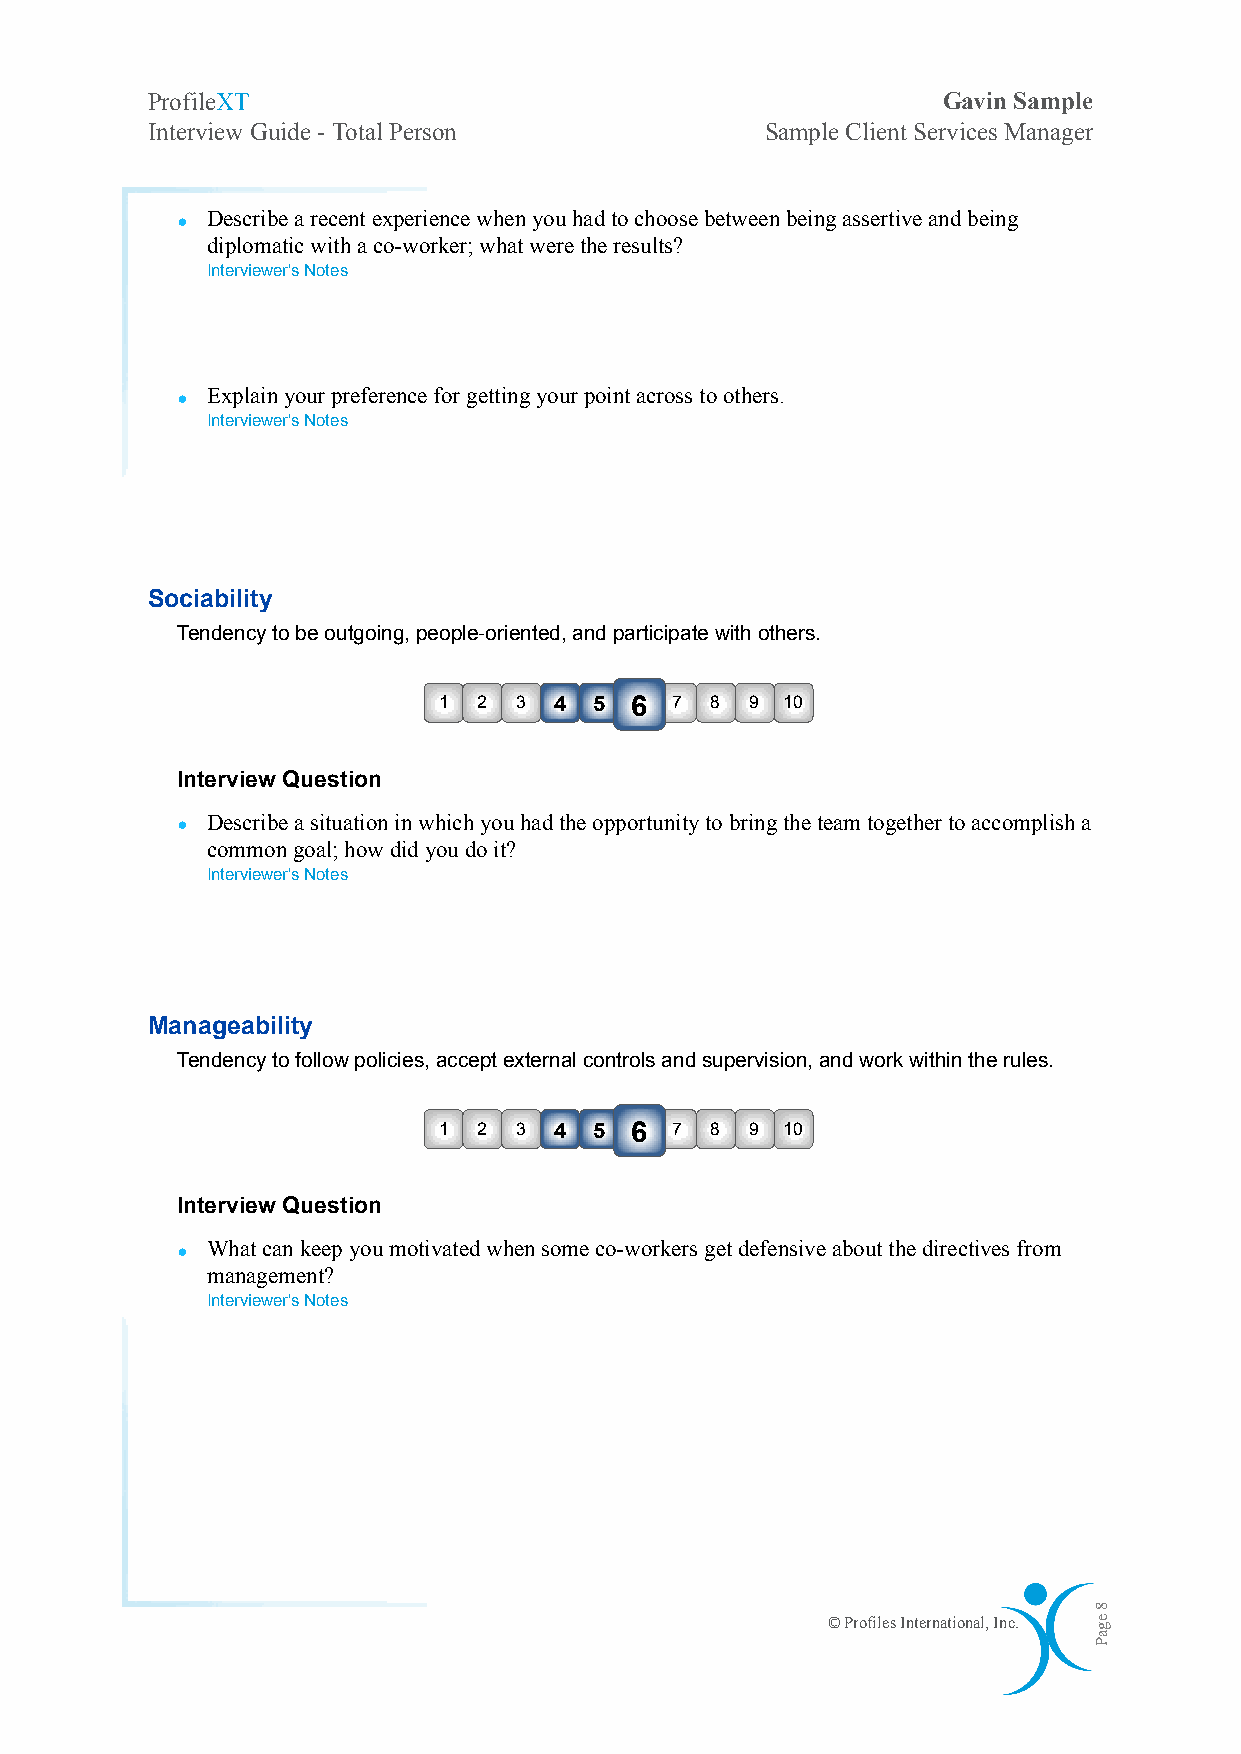
ProfileXT                                           Gavin Sample
 Interview Guide - Total Person           Sample Client Services Manager
 • Describe a recent experience when you had to choose between being assertive and being
 diplomatic with a co-worker; what were the results?
 Interviewer's Notes
 • Explain your preference for getting your point across to others.
 Interviewer's Notes
 Sociability
 Tendency to be outgoing, people-oriented, and participate with others.
 1  2 3  4 5  6 7  8  9 10
 Interview Question
 • Describe a situation in which you had the opportunity to bring the team together to accomplish a
 common goal; how did you do it?
 Interviewer's Notes
 Manageability
 Tendency to follow policies, accept external controls and supervision, and work within the rules.
 1  2 3  4 5  6 7  8  9 10
 Interview Question
 • What can keep you motivated when some co-workers get defensive about the directives from
 management?
 Interviewer's Notes
 © Profiles International, Inc.
 8
 egaP